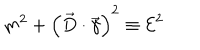
m ^ { 2 } + \left( \vec { D } \cdot \vec { \gamma } \right) ^ { 2 } \equiv { \cal E } ^ { 2 }